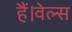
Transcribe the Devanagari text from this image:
हैं।वेल्स